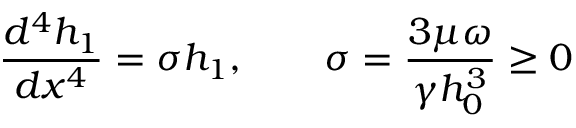
\frac { d ^ { 4 } h _ { 1 } } { d x ^ { 4 } } = \sigma h _ { 1 } , \qquad \sigma = \frac { 3 \mu \omega } { \gamma h _ { 0 } ^ { 3 } } \geq 0